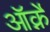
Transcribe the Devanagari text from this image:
ऑर्क्ने